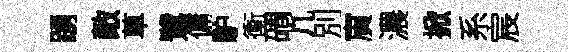
踴敵草鷺傭馿衝磵凢別賔濃掀系宸